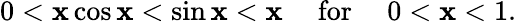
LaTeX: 0<\mathbf{x}\cos\mathbf{x}<\sin\mathbf{x}<\mathbf{x}\quad{\mathrm{{~for~}}}\quad0<\mathbf{x}<1.